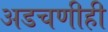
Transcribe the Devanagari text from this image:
अडचणीही